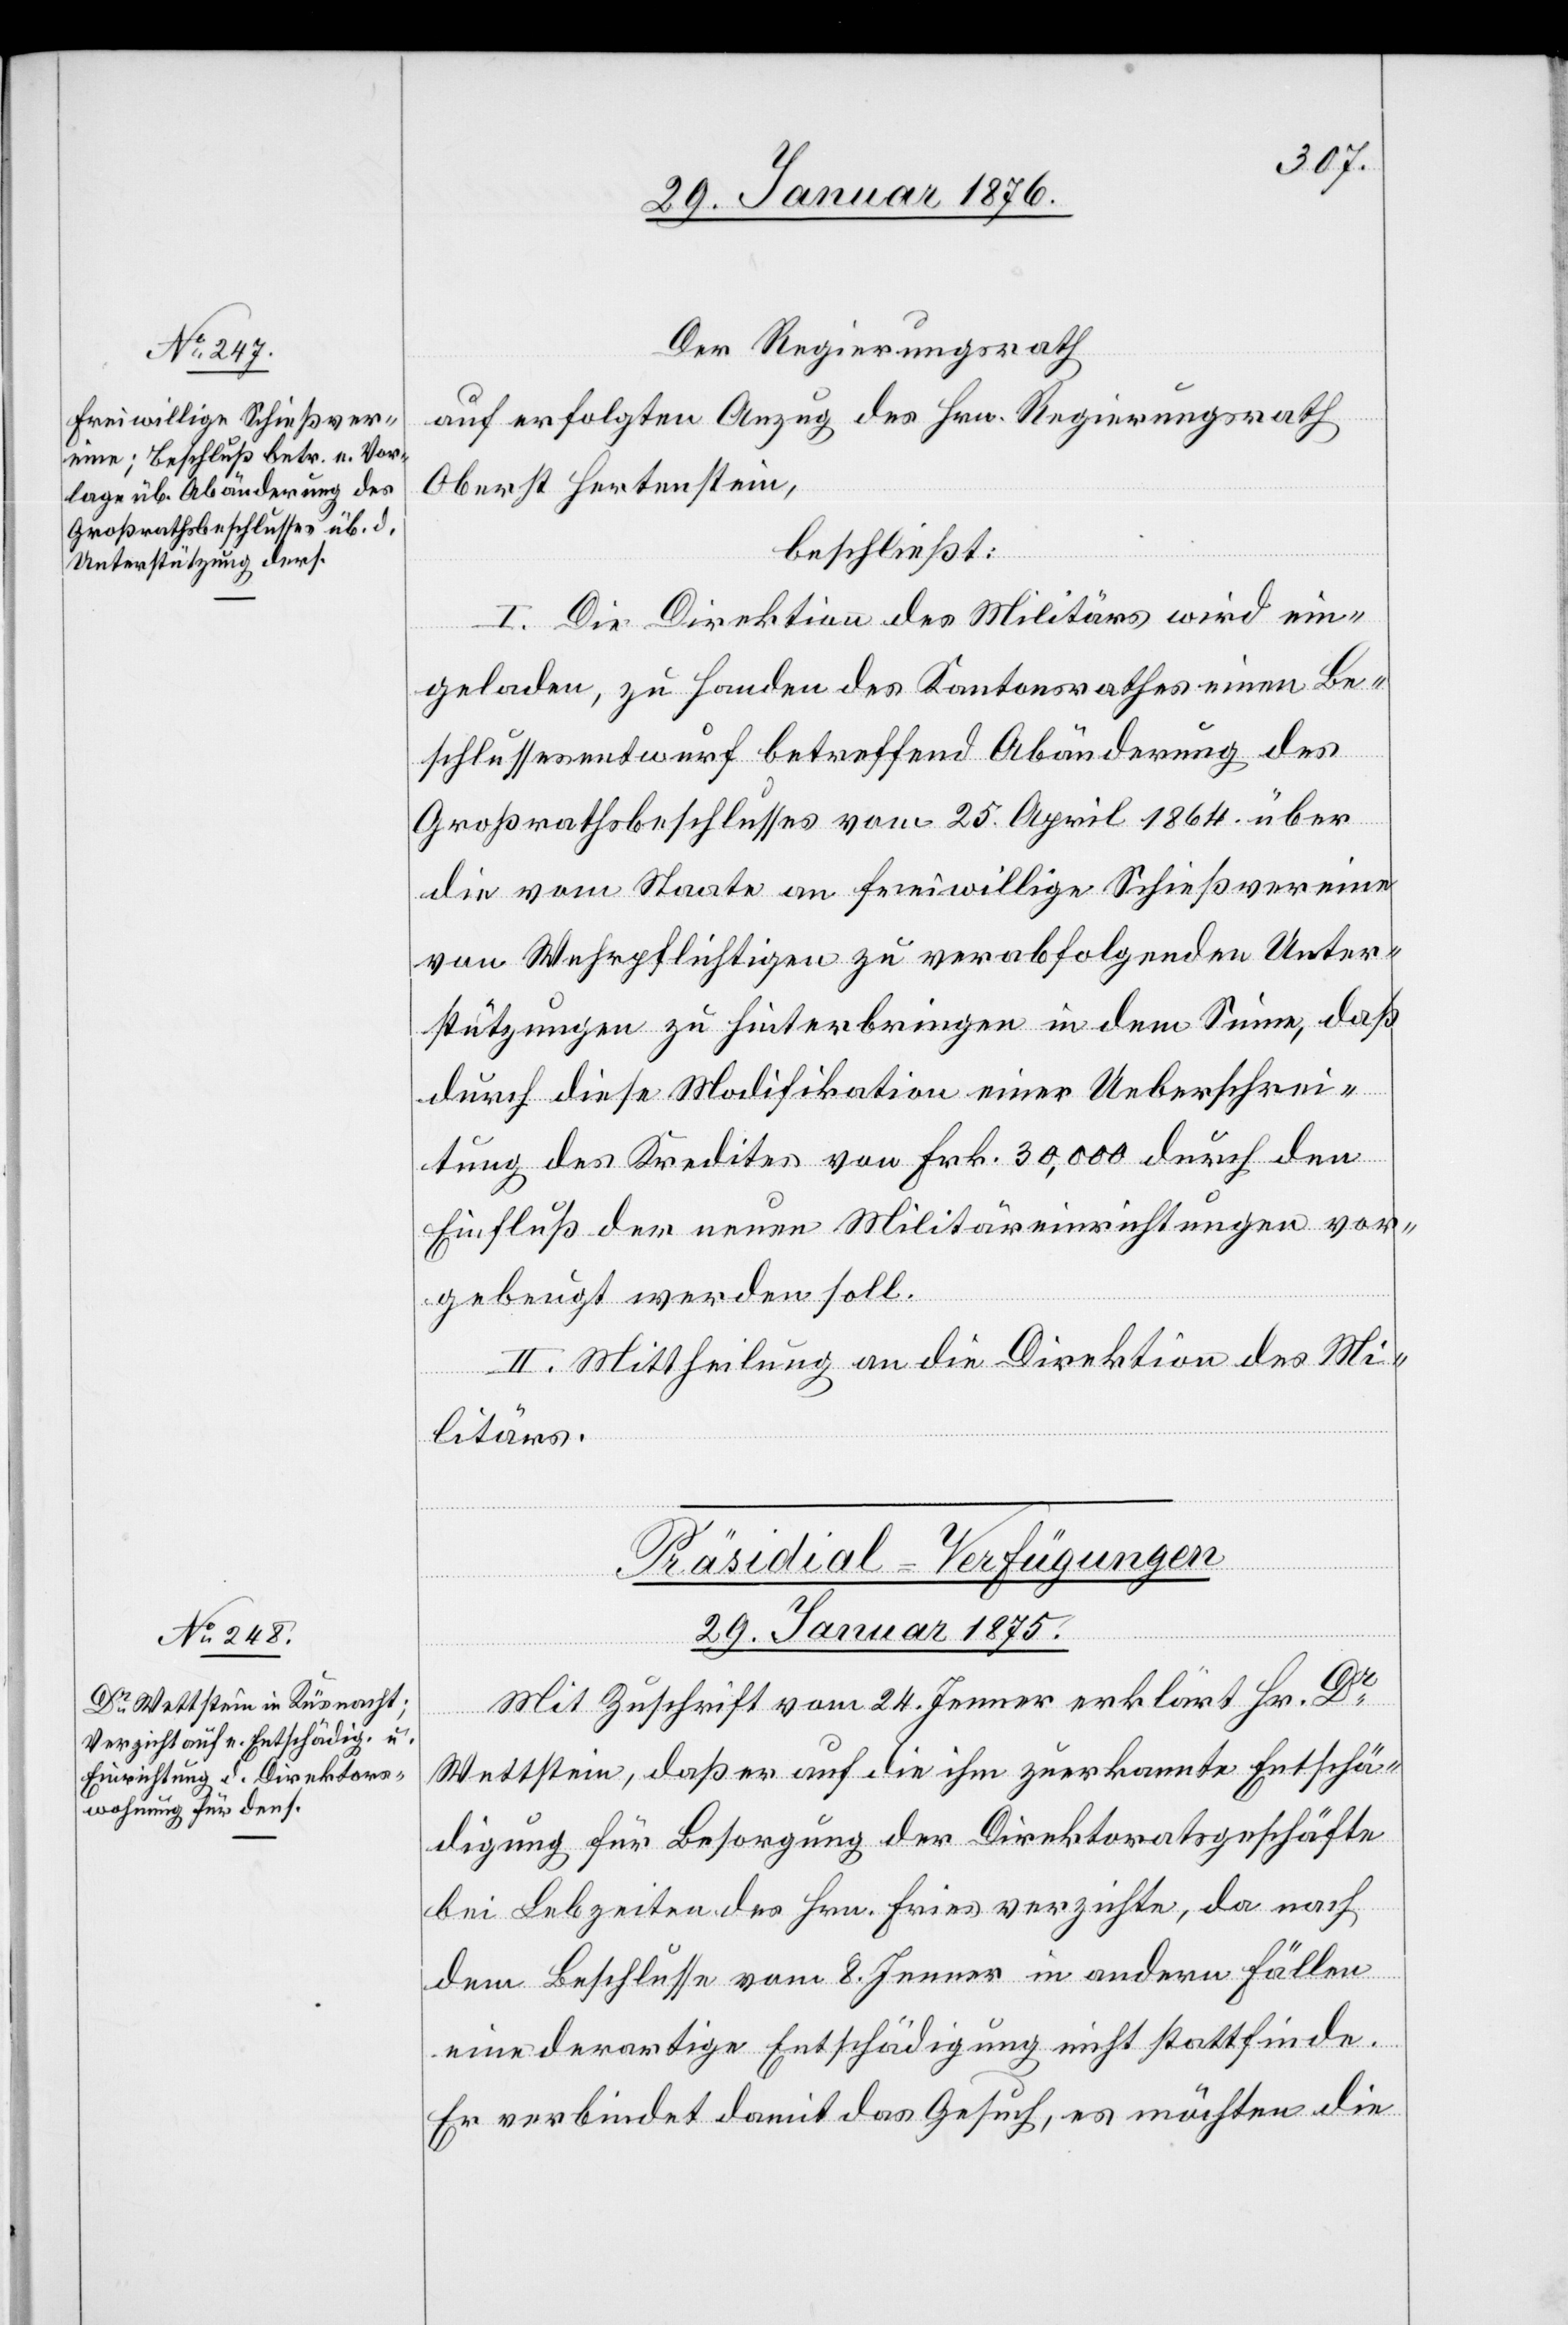
Der Regierungsrath
auf erfolgten Anzug des Hrn. Regierungsrath
Oberst Hertenstein,
beschließt:
I. Die Direktion des Militärs wird ein¬
geladen, zu Handen des Kantonsrathes einen Be¬
schlussesentwurf betreffend Abänderung des
Großrathsbeschlusses vom 25. April 1864 über
die vom Staate an freiwillige Schießvereine
von Wehrpflichtigen zu verabfolgenden Unter¬
stützungen zu hinterbringen in dem Sinne, daß
durch diese Modifikation einer Ueberschrei¬
tung des Kredites von Frk. 30,000 durch den
Einfluß der neuen Militäreinrichtungen vor¬
gebeugt werden soll.
II. Mittheilung an die Direktion des Mi¬
litärs.
Präsidial-Verfügungen
29. Januar 1875.
Mit Zuschrift vom 24. Jenner erklärt Hr. Dr
Wettstein, daß er auf die ihm zuerkannte Entschä¬
digung für Besorgung der Direktoratsgeschäfte
bei Lebzeiten des. Hrn. Fries verzichte, da nach
dem Beschlusse vom 8. Jenner in anderen Fällen
eine derartige Entschädigung nicht stattfinde.
Er verbindet damit das Gesuch, es möchten die